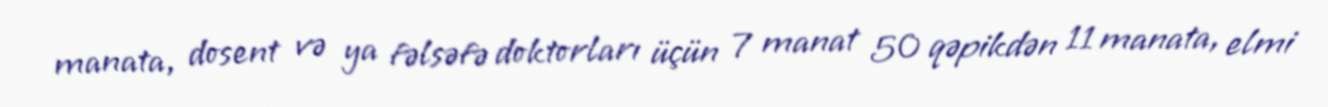
manata, dosent və ya fəlsəfə doktorları üçün 7 manat 50 qəpikdən 11 manata, elmi